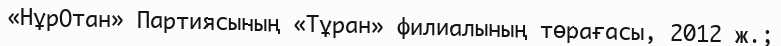
«НұрОтан» Партиясының «Тұран» филиалының төрағасы, 2012 ж.;